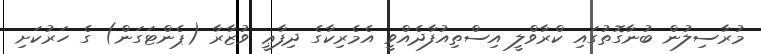
މުރާސިލުން ބުނާގޮތުގައި ކްރާވްލީ އިސްތިއުފާދެއްވީ އެެމެރިކާގެ ދިފާޢީ ވުޒާރާ (ޕެންޓަގަން) ގެ ހަރުކަށި